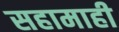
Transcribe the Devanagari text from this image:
सहामाही